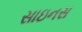
સાઇનસ